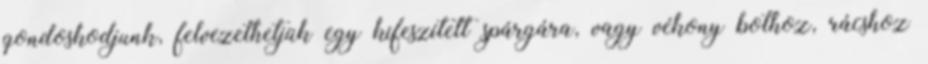
gondoskodjunk, felvezethetjük egy kifeszített spárgára, vagy vékony bothoz, rácshoz